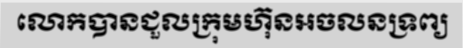
លោកបានជួលក្រុមហ៊ុនអចលនទ្រព្យ